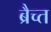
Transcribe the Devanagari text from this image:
ब्रैच्त